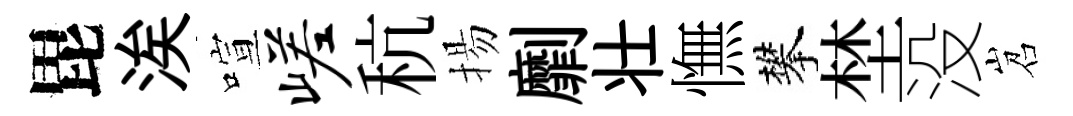
毘涘喧嵯秔揚劘壮憮攀埜没岧